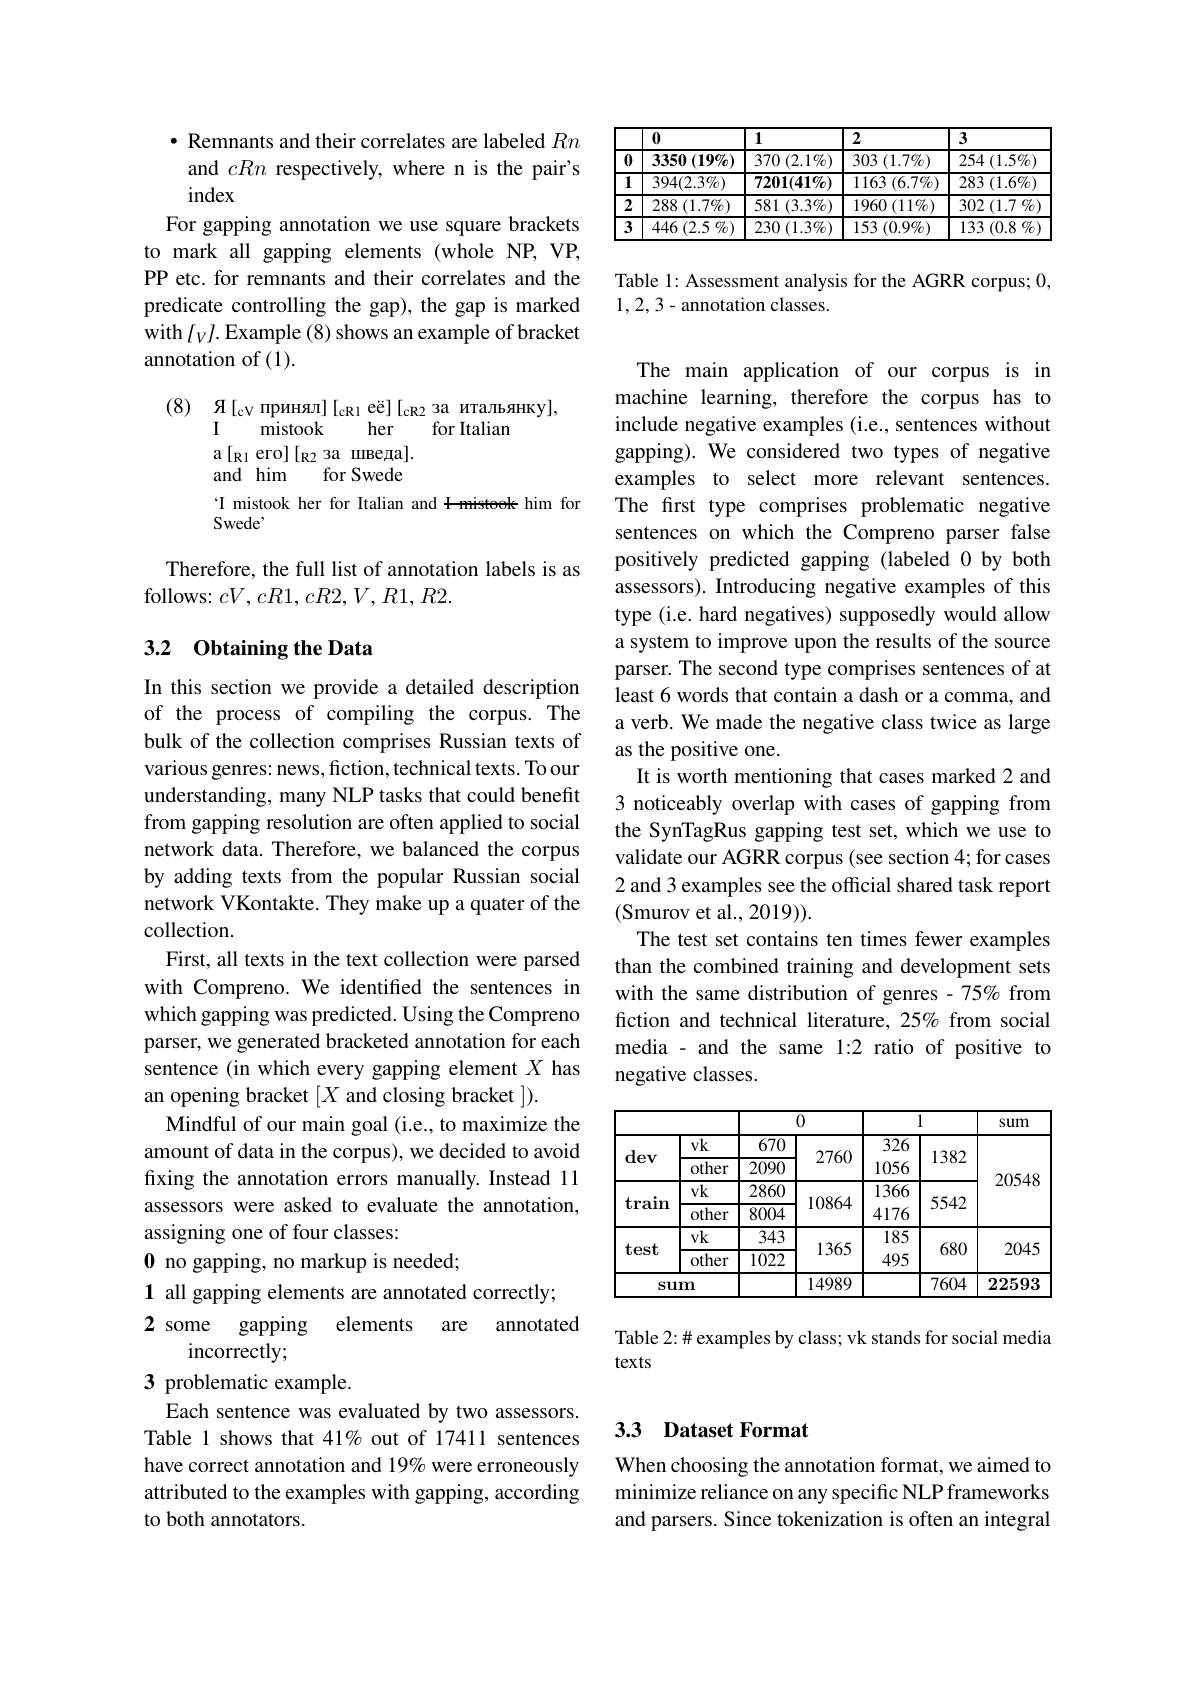
$\bullet$ Remnants and their correlates are labeled $Rn$ and cRn respectively, where n is the pair's index
For gapping annotation we use square brackets to mark all gapping elements (whole NP,VP, PP etc. for remnants and their correlates and the predicate controlling the gap), the gap is marked with $l_Vl.$Example (8) shows an example of bracket annotation of (1).

(8) Я$[_\mathrm{cV}$принял]$[ _\mathrm{cR1}$ е ё $] [ _\mathrm{cR2}$заитальянку],
I
her
for Italian
mistook
a[ R1 eго][ R2 за шведа].
and him
for Swede
T mistook her for Italian and Hmisteek him for
Swede'

Therefore, the full list of annotation labels is as
follows: $cV,cR1,cR2,V,R1,R2.$

### 3.2 0btaining the Data

In this section we provide a detailed description of the process of compiling the corpus. The bulk of the collection comprises Russian texts of various genres: news, fiction, technical texts. To our understanding, many NLP tasks that could benefit from gapping resolution are often applied to social network data. Therefore, we balanced the corpus by adding texts from the popular Russian social network VKontakte. They make up a quater of the collection.
First, all texts in the text collection were parsed with Compreno. We identified the sentences in which gapping was predicted. Using the Compreno parser, we generated bracketed annotation for each sentence (in which every gapping element $X$ has an opening bracket $[X$ and closing bracket ]).
Mindful of our main goal (i.e., to maximize the amount of data in the corpus), we decided to avoid fixing the annotation errors manually. Instead 11 assessors were asked to evaluate the annotation, assigning one of four classes:
0 no gapping, no markup is needed;
1 all gapping elements are annotated correctly; 2 some gapping elements are annotated
incorrectly;
3 problematic example.
Each sentence was evaluated by two assessors. Table 1 shows that 41% out of 17411 sentences have correct annotation and 19% were erroneously attributed to the examples with gapping, according to both annotators.

<table>
	<tbody>
		<tr>
			<th> </th>
			<th>0</th>
			<th>1</th>
			<th>2</th>
			<th>3</th>
		</tr>
		<tr>
			<td>0</td>
			<td>3350 $(19\%)$ </td>
			<td>370 $(2.1\%)$</td>
			<td>303 $(1.7\%)$ 1</td>
			<td>254 $(1.5\%)$ 11</td>
		</tr>
		<tr>
			<td>$\overline{1}$</td>
			<td>$394(2.3\%)$</td>
			<td>$\overline{7201(41\%)}$</td>
			<td>1163 8 $( 6. 7\% )$</td>
			<td>283 $( 1. 6\% )$</td>
		</tr>
		<tr>
			<td>2</td>
			<td>288 $8\left(1.7\%\right)$</td>
			<td> $(3.3\%)$</td>
			<td>$1960\left(11\%\right)$ 1</td>
			<td>302 $2\left(1.7\right.\%$</td>
		</tr>
		<tr>
			<td>3</td>
			<td>446 (2.5 $\% )$</td>
			<td>$230\left(1.3\%\right)$ 1</td>
			<td>153 $(0.9\%)$</td>
			<td>133 $(0.8\%$ $f$ 、</td>
		</tr>
	</tbody>
</table>

Table 1: Assessment analysis for the AGRR corpus; 0,
1,2,3-annotation classes.

The main application of our corpus is in machine learning, therefore the corpus has to include negative examples (i.e., sentences without gapping). We considered two types of negative examples to select more relevant sentences. The first type comprises problematic negative sentences on which the Compreno parser false positively predicted gapping (labeled 0 by both assessors). Introducing negative examples of this type (i.e. hard negatives) supposedly would allow a system to improve upon the results of the source parser. The second type comprises sentences of at least 6 words that contain a dash or a comma, and a verb. We made the negative class twice as large as the positive one.
It is worth mentioning that cases marked 2 and 3 noticeably overlap with cases of gapping from the SynTagRus gapping test set, which we use to validate our AGRR corpus (see section 4; for cases 2 and 3 examples see the official shared task report (Smurov et al., 2019)).
The test set contains ten times fewer examples than the combined training and development sets with the same distribution of genres - 75% from fiction and technical literature, 25% from social media - and the same 1:2 ratio of positive to negative classes.

<table>
	<tbody>
		<tr>
			<th rowspan="3">dev</th>
			<th rowspan="3">$vk$ ther T</th>
			<th colspan="2">0</th>
			<th colspan="2">1</th>
			<th rowspan="3">sum</th>
		</tr>
		<tr>
			<th>670</th>
			<th>AR</th>
			<th></th>
			<th> </th>
		</tr>
		<tr>
			<th>2090</th>
			<th>$\angle/00$</th>
			<th>1056</th>
			<th>$1.38\angle$</th>
		</tr>
		<tr>
			<td rowspan="2">train</td>
			<td>$vk$</td>
			<td>2860</td>
			<td> </td>
			<td>1366</td>
			<td rowspan="2"></td>
			<td>$\angle0048$</td>
		</tr>
		<tr>
			<td>other</td>
			<td>8004</td>
			<td>10864</td>
			<td>4176</td>
			<td> </td>
		</tr>
		<tr>
			<td rowspan="2">test</td>
			<td>$vk$</td>
			<td>343</td>
			<td> </td>
			<td>185</td>
			<td> </td>
			<td rowspan="2">2045</td>
		</tr>
		<tr>
			<td>other</td>
			<td>1022</td>
			<td>1.50.</td>
			<td>495</td>
			<td>680</td>
		</tr>
		<tr>
			<td colspan="2">$\mathbf{sum}$</td>
			<td> </td>
			<td>14989</td>
			<td> </td>
			<td>7604</td>
			<td>22593</td>
		</tr>
	</tbody>
</table>

Table 2:# examples by class; vk stands for social media
texts

## 3.3 Dataset Format

When choosing the annotation format, we aimed to minimize reliance on any specific NLP frameworks and parsers. Since tokenization is often an integral